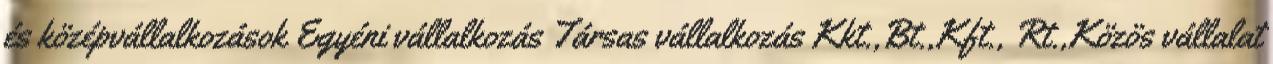
és középvállalkozások Egyéni vállalkozás Társas vállalkozás Kkt.,Bt.,Kft., Rt.,Közös vállalat